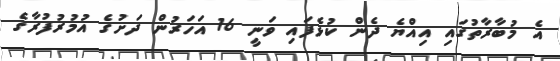
އެ މުބާރާތުގައި އިއްޔެ ދެން ކުޅެފައި ވަނީ 16 އަހަރުން ދަށުގެ އުމުރުފުރާގެ